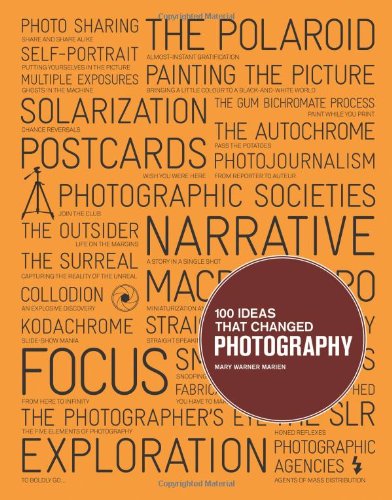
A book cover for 100 Ideas that Changed Photography; Mary Warner Marien; Arts & Photography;